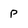
Character: p